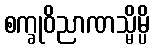
စက္ခုဝိညာဏသ္မိမ္ပိ